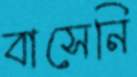
বাসেনি